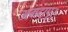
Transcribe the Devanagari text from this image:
अमदापूर